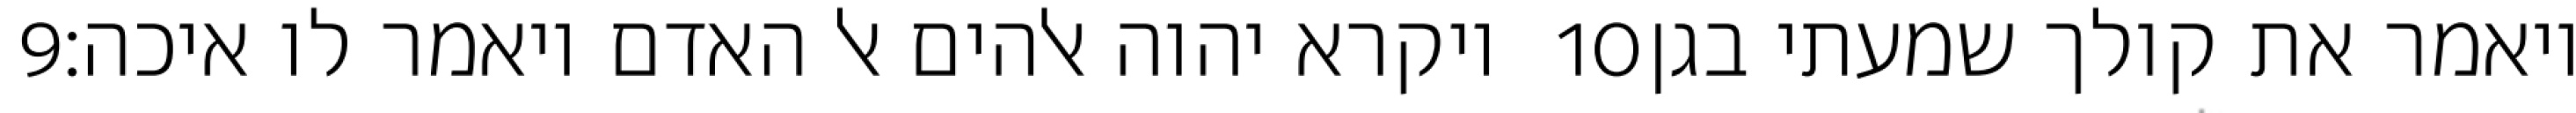
‎9‏ ויקרא יהוה אלהים אל האדם ויאמר לו איכה׃ ‎10‏ ויאמר את קולך שמעתי בגן